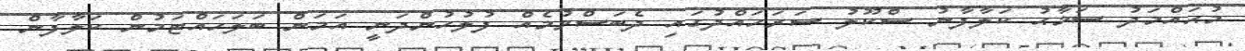
މުޙައްމަދު ސަމާޙު ކަލާފާނު ސްކޫލު ސަރަހައްދުގައި ދެބަސްވުމެއް ފުލުހުންދަނީ އަމަން ބަލަހައްޓަމުން ކަލާފާން